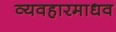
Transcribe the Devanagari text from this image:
व्यवहारमाधव